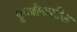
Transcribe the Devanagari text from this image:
पॄथ्वीकडील